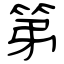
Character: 第